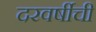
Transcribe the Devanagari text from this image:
दरवर्षीची